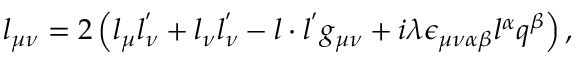
l _ { \mu \nu } = 2 \left( l _ { \mu } l _ { \nu } ^ { ' } + l _ { \nu } l _ { \nu } ^ { ' } - l \cdot { l ^ { ' } } g _ { \mu \nu } + i \lambda \epsilon _ { \mu \nu \alpha \beta } l ^ { \alpha } q ^ { \beta } \right) ,